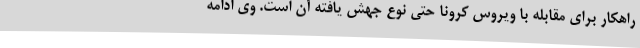
راهکار برای مقابله با ویروس کرونا حتی نوع جهش یافته آن است. وی ادامه